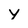
Character: y